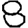
Digit: 8